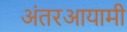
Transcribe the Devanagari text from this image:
अंतरआयामी